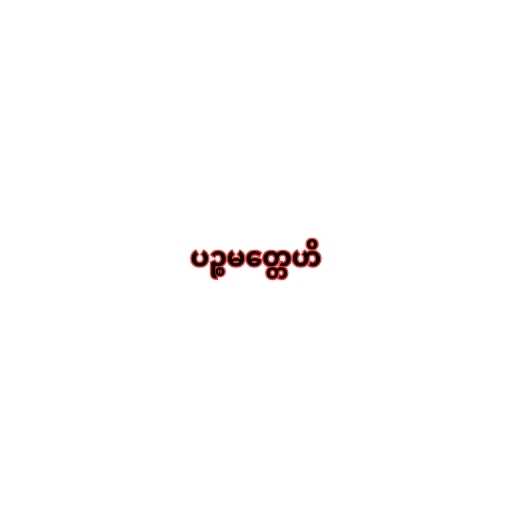
ပဉ္စမတ္တေဟိ